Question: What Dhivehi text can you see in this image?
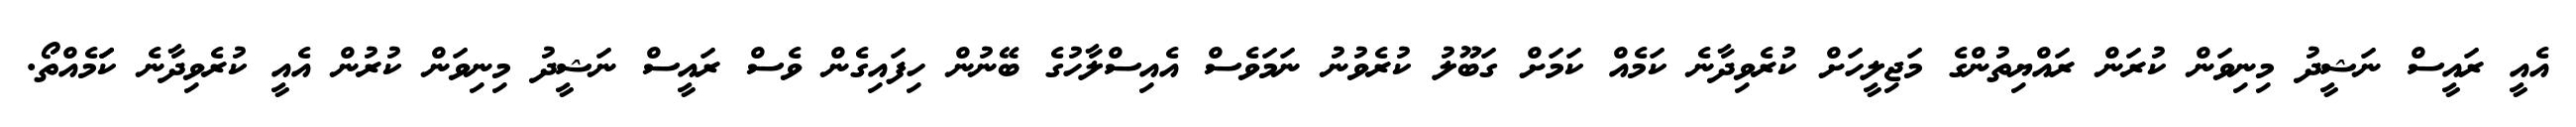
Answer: އެއީ ރައީސް ނަޝީދު މިނިވަން ކުރަން ރައްޔިތުންގެ މަޖިލީހަށް ކުރެވިދާނެ ކަމެއް ކަމަށް ގަބޫލު ކުރެވުނު ނަމަވެސް އެއިސްލާހުގެ ބޭނުން ހިފައިގެން ވެސް ރައީސް ނަޝީދު މިނިވަން ކުރުން އެއީ ކުރެވިދާނެ ކަަމެއްތޯ.